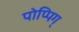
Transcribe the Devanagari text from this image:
पोप्पिग्